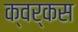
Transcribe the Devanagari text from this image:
क्वर्कस